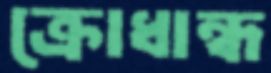
ক্রোধান্ধ